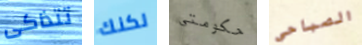
تتذاكى لكنك حكومتي الصباحي